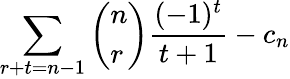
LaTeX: \sum_{r+t=n-1}\left(\begin{array}{l}{{n}}\\ {{r}}\end{array}\right)\frac{(-1)^{t}}{t+1}-c_{n}